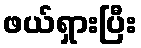
ဖယ်ရှားပြီး